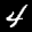
Label: 4